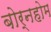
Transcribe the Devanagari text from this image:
बोर्नहोम